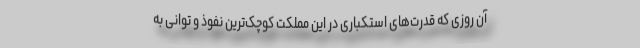
آن روزی که قدرت‌های استکباری در این مملکت کوچک‌ترین نفوذ و توانی به